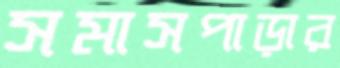
সমাসপাড়ার